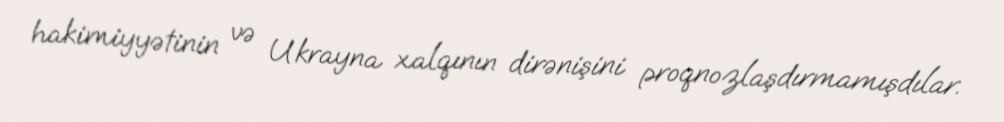
hakimiyyətinin və Ukrayna xalqının dirənişini proqnozlaşdırmamışdılar.